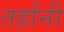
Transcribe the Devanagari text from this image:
तर्हांनी